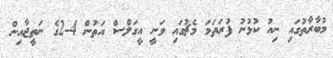
މުބާރާތުގައި ނިއު ކުޅުނު ފުރަތަމަ މެޗުގައި ވަނީ އީގަލްސް އަތުން 4-2ގެ ނަތީޖާއިން